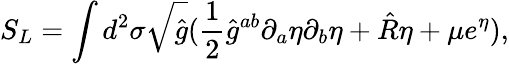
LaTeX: S_{L}=\int d^{2}\sigma\sqrt{\hat{g}}(\frac{1}{2}{\hat{g}}^{ab}\partial_{a}\eta\partial_{b}\eta+\hat{R}\eta+\mu e^{\eta}),